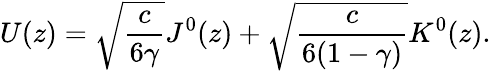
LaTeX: U(z)=\sqrt{\frac{c}{6\gamma}}J^{0}(z)+\sqrt{\frac{c}{6(1-\gamma)}}K^{0}(z).